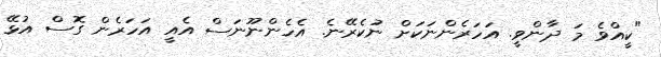
"ކީއްވެ މަ ދާންވީ. އަހަރެންނަކަށް ނުކެރޭނެ. އެހެންނޫނަސް އެއީ އަހަރެން ގޮސް އުޅޭ